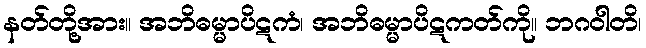
နတ်တို့အား။ အဘိဓမ္မာပိဋကံ၊ အဘိဓမ္မာပိဋကတ်ကို။ ဘဂဝါတိ၊